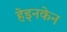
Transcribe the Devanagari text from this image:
हेइनकेन